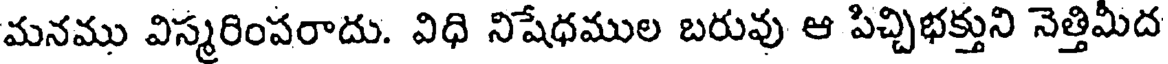
మనము విస్మరింపరాదు. విధి నిషేధముల బరువు ఆ పిచ్చిభక్తుని నెత్తిమీద